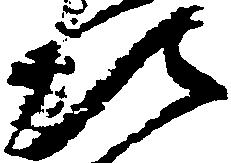
次